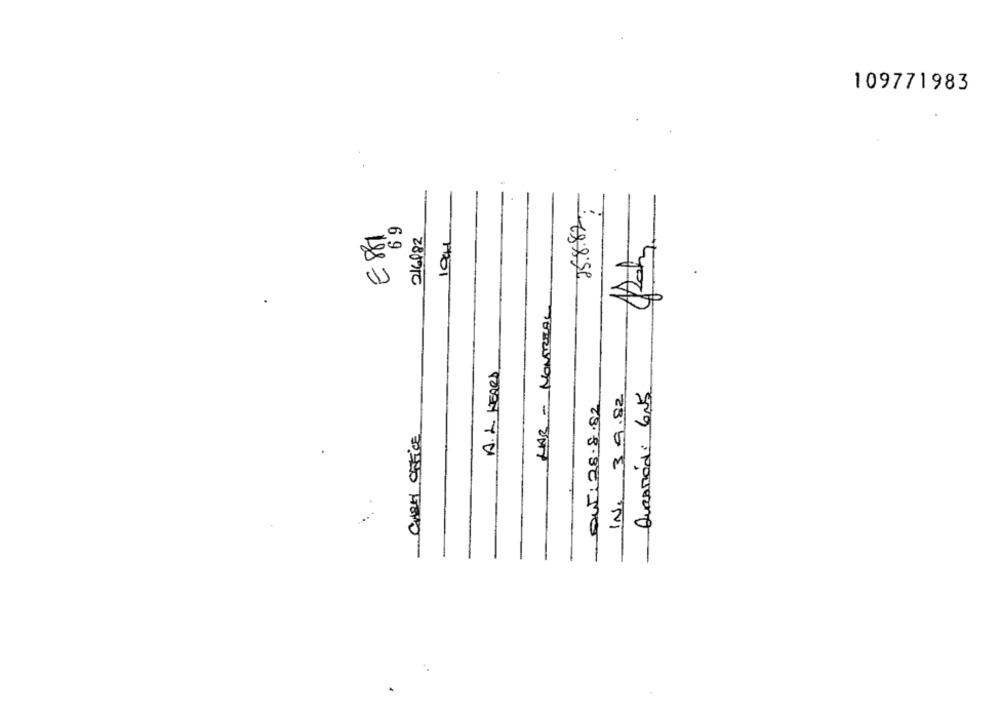
109771983
25.8.82
6 9
E 881
216982
10CM
HAB - MONTREAL
A.L HEARD
IN. 39.82
AURAMÓdi GN5
Out: 28.8.82
Crest Office